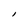
Character: l